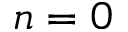
n = 0